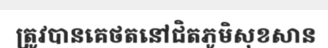
ត្រូវបានគេថតនៅជិតភូមិសុខសាន